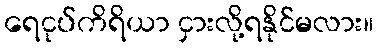
ရေငုပ်ကိရိယာ ငှားလို့ရနိုင်မလား။